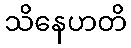
သိနေဟတိ